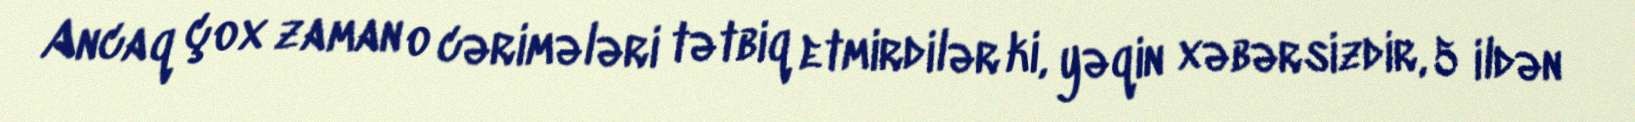
Ancaq çox zaman o cərimələri tətbiq etmirdilər ki, yəqin xəbərsizdir, 5 ildən